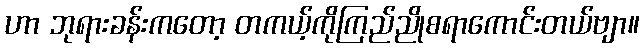
ဟာ ဘုရားခန်းကတော့ တကယ့်ကိုကြည်ညိုစရာကောင်းတယ်ဗျာ။